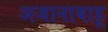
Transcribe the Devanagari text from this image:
अजानाबाहू